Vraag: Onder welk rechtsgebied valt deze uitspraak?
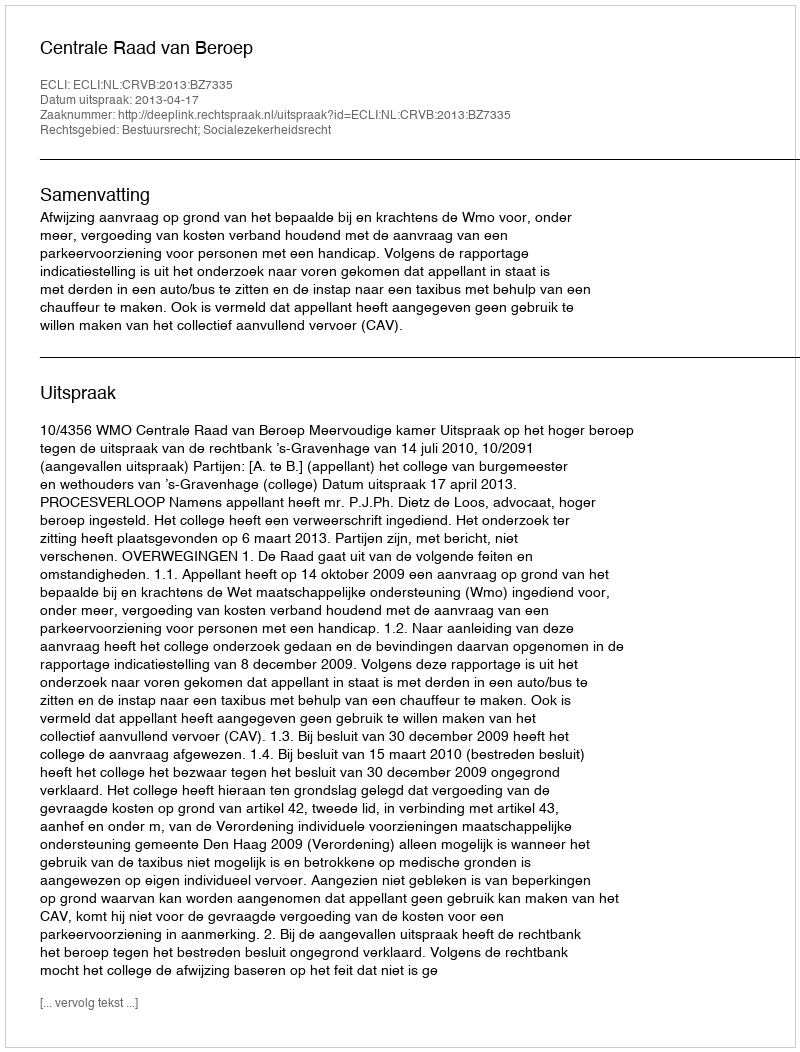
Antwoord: Bestuursrecht; Socialezekerheidsrecht